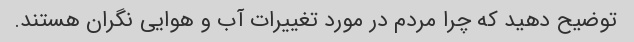
توضیح دهید که چرا مردم در مورد تغییرات آب و هوایی نگران هستند.